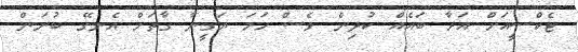
ޓެކްސީއަށް އަރާ ބައެއް ކުދިން ވެސް ހަމަ ޔަގީނާ ގާތަށް އެނގޭ ބުނަން